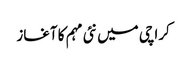
کراچی میں نئی مہم کا آغاز